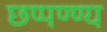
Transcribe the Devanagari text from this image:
छप्पण्ण्य